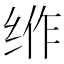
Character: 𱺠